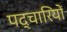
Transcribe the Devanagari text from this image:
पद्चारियों